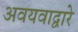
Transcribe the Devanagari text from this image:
अवयवाद्वारे